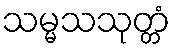
သမ္မသသုတ္တံ